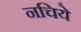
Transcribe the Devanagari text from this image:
नचिये